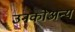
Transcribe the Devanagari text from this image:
उनकोअन्य